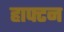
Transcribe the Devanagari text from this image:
हाफ्टन